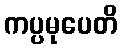
ကပ္ပမုပေတိ